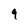
Character: 9